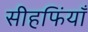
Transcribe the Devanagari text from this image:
सीहफिंयाँ